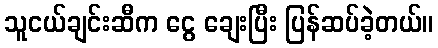
သူငယ်ချင်းဆီက ငွေ ချေးပြီး ပြန်ဆပ်ခဲ့တယ်။